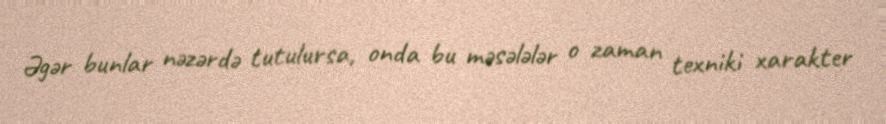
Əgər bunlar nəzərdə tutulursa, onda bu məsələlər o zaman texniki xarakter